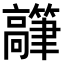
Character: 𬴟